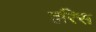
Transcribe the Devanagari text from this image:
हरिस